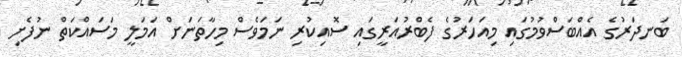
ބަނދަރުގެ އެއްބަސްވުމުގައި މިއަހަރުގެ ފެބްރުއަރީގައި ސޮއިކުރި ނަމަވެސް މިހާތަނަށް އަމަލީ މަސައްކަތް ނުފެށި